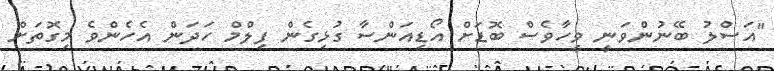
"އަސްލު ބޭނުންވަނީ ވީހާވެސް ބޮޑަށް އޯޑިއަންސާ ގުޅިގެން ފިލްމް ހަދަން އެހެންވެ މިގޮތަށް